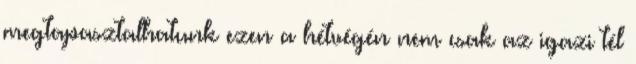
megtapasztalhatunk ezen a hétvégén nem csak az igazi tél